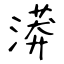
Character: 漭